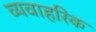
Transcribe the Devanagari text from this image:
व्यवाहरिक